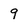
Character: 9